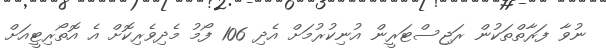
ނުވާ ފަރާތްތަކުން ރަޖިސްޓަރީން އުނިކުރުމަށް އެދި 106 ފޯމު މެދިވެރިކޮށް އެ އޮތޯރިޓީއަށް